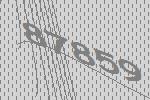
87859